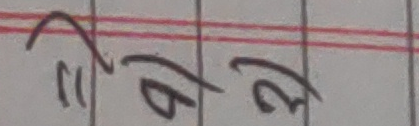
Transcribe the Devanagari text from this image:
"वा ले"